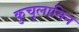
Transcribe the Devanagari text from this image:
कुचुलानिन